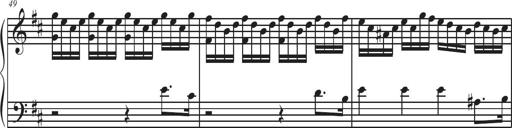
Title: Sonatina Espania
Composer: Jerald Franklin Archer
Key: Various